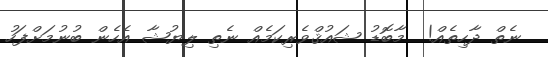
ނެތް ދާހިތެއް!  މާބޮޑު ޝައުޤްވެރިކަމެއް ނެތި ލިޔުޝާ އެހެން ބުނުމަށްފަހު